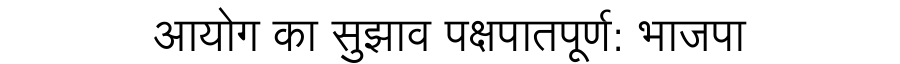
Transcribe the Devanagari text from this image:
आयोग का सुझाव पक्षपातपूर्ण: भाजपा